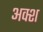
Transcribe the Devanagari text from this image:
अक्श